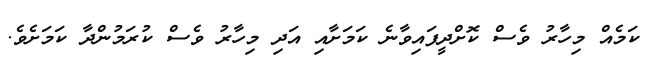
ކަމެއް މިހާރު ވެސް ކޮށްދީފައިވާނެ ކަމަށާއި އަދި މިހާރު ވެސް ކުރަމުންދާ ކަމަށެވެ.